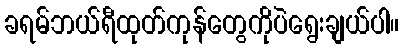
ခရမ်ဘယ်ရီထုတ်ကုန်တွေကိုပဲရွေးချယ်ပါ။